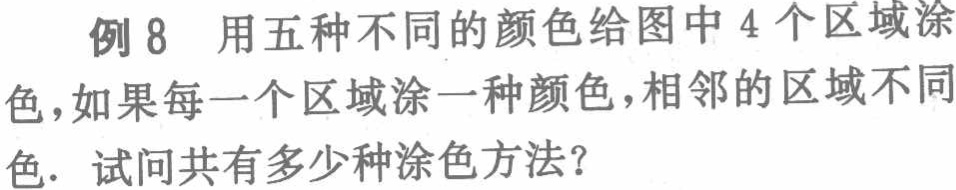
例 8 用五种不同的颜色给图中 4 个区域涂色，如果每一个区域涂一种颜色，相邻的区域不同色．试问共有多少种涂色方法？